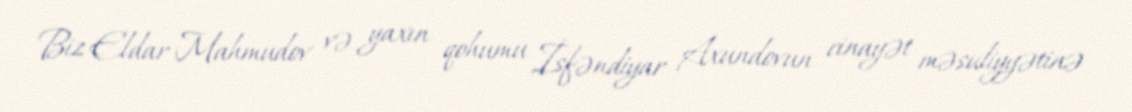
Biz Eldar Mahmudov və yaxın qohumu İsfəndiyar Axundovun cinayət məsuliyyətinə